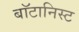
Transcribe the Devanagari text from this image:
बाॅटानिस्ट